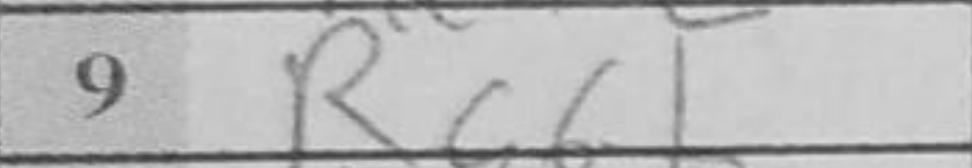
Transcription: Rc6+